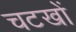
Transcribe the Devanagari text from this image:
चटखों